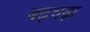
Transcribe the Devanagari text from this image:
बढ़चढ़ा